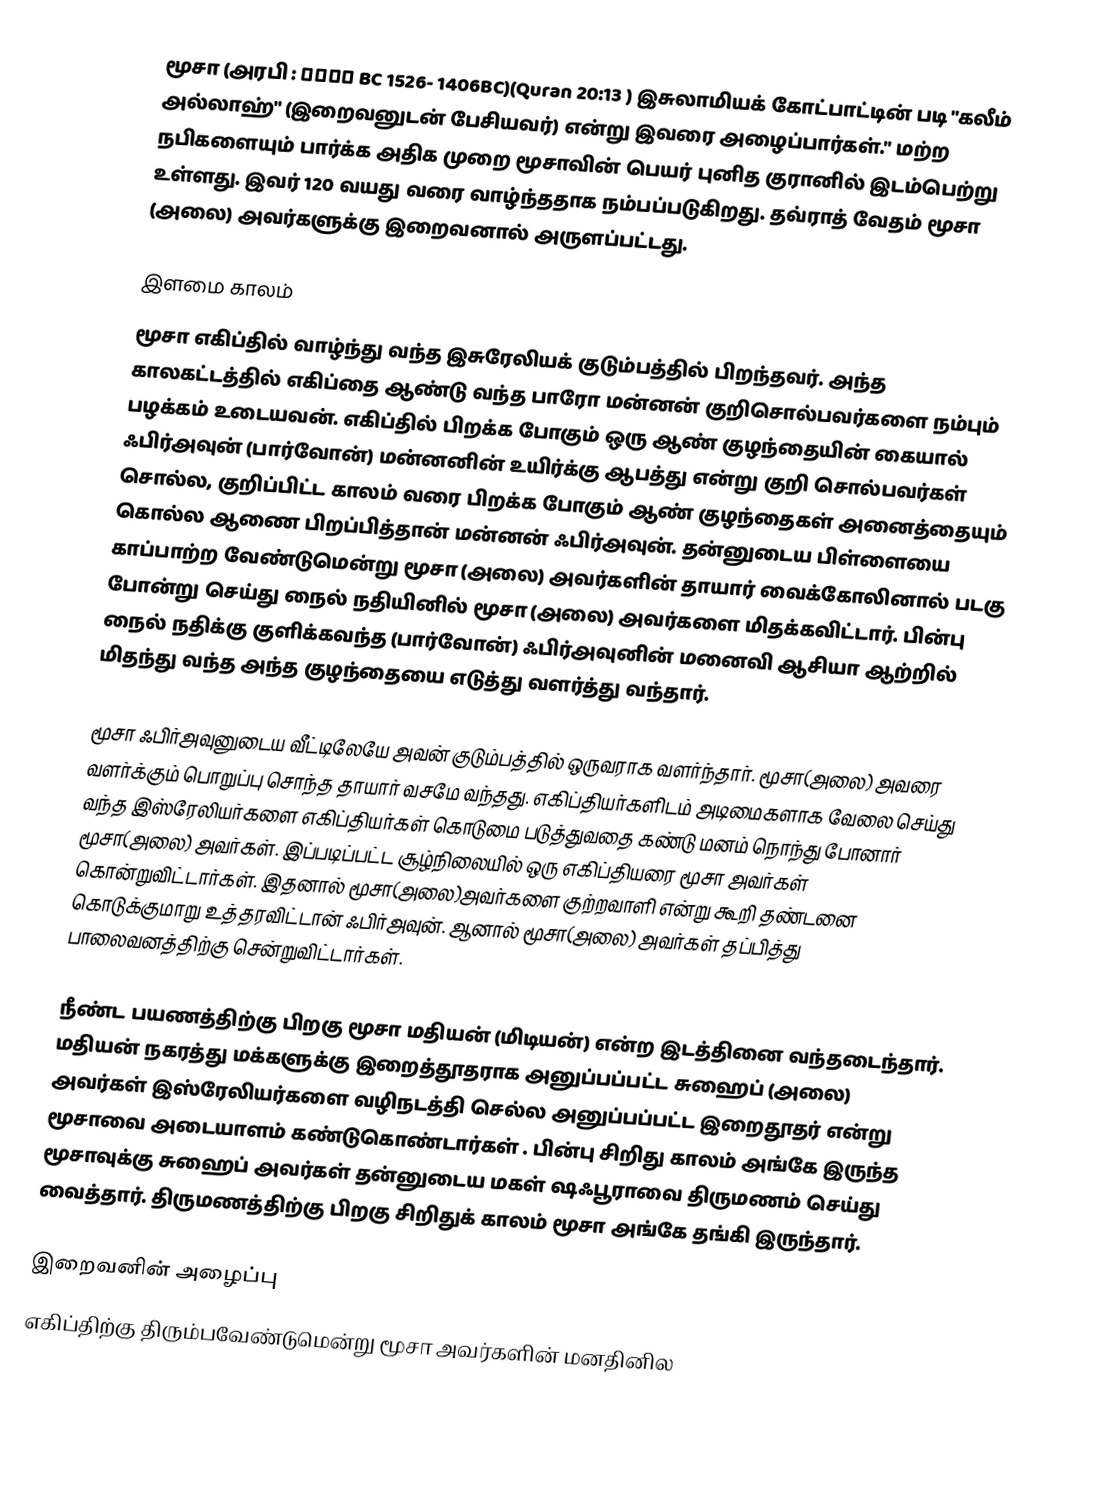
மூசா (அரபி : موسى  BC 1526- 1406BC)(Quran 20:13 ) இசுலாமியக் கோட்பாட்டின் படி "கலீம் அல்லாஹ்" (இறைவனுடன் பேசியவர்) என்று இவரை அழைப்பார்கள்." மற்ற நபிகளையும் பார்க்க அதிக முறை மூசாவின் பெயர் புனித குரானில் இடம்பெற்று உள்ளது. இவர் 120 வயது வரை வாழ்ந்ததாக நம்பப்படுகிறது. தவ்ராத் வேதம் மூசா (அலை) அவர்களுக்கு  இறைவனால் அருளப்பட்டது.

இளமை காலம்
மூசா எகிப்தில் வாழ்ந்து வந்த இசுரேலியக் குடும்பத்தில் பிறந்தவர். அந்த காலகட்டத்தில் எகிப்தை ஆண்டு வந்த பாரோ மன்னன் குறிசொல்பவர்களை நம்பும் பழக்கம் உடையவன். எகிப்தில் பிறக்க போகும் ஒரு ஆண் குழந்தையின் கையால் ஃபிர்அவுன் (பார்வோன்) மன்னனின் உயிர்க்கு ஆபத்து என்று குறி சொல்பவர்கள் சொல்ல, குறிப்பிட்ட காலம் வரை பிறக்க போகும் ஆண் குழந்தைகள் அனைத்தையும் கொல்ல ஆணை பிறப்பித்தான் மன்னன் ஃபிர்அவுன். தன்னுடைய பிள்ளையை காப்பாற்ற வேண்டுமென்று மூசா (அலை) அவர்களின் தாயார் வைக்கோலினால் படகு போன்று செய்து நைல் நதியினில் மூசா (அலை) அவர்களை மிதக்கவிட்டார். பின்பு நைல் நதிக்கு குளிக்கவந்த (பார்வோன்) ஃபிர்அவுனின் மனைவி ஆசியா ஆற்றில் மிதந்து வந்த அந்த குழந்தையை எடுத்து வளர்த்து வந்தார்.

மூசா ஃபிர்அவுனுடைய வீட்டிலேயே அவன் குடும்பத்தில் ஒருவராக வளர்ந்தார். மூசா(அலை) அவரை வளர்க்கும் பொறுப்பு சொந்த தாயார் வசமே வந்தது. எகிப்தியர்களிடம் அடிமைகளாக வேலை செய்து வந்த இஸ்ரேலியர்களை எகிப்தியர்கள் கொடுமை படுத்துவதை கண்டு மனம் நொந்து போனார் மூசா(அலை) அவர்கள். இப்படிப்பட்ட சூழ்நிலையில் ஒரு எகிப்தியரை மூசா அவர்கள் கொன்றுவிட்டார்கள். இதனால் மூசா(அலை)அவர்களை  குற்றவாளி என்று கூறி தண்டனை கொடுக்குமாறு உத்தரவிட்டான் ஃபிர்அவுன். ஆனால் மூசா(அலை) அவர்கள் தப்பித்து பாலைவனத்திற்கு சென்றுவிட்டார்கள்.

நீண்ட பயணத்திற்கு பிறகு மூசா மதியன் (மிடியன்) என்ற இடத்தினை வந்தடைந்தார்.  மதியன் நகரத்து மக்களுக்கு இறைத்தூதராக அனுப்பப்பட்ட சுஹைப் (அலை) அவர்கள் இஸ்ரேலியர்களை வழிநடத்தி செல்ல அனுப்பப்பட்ட  இறைதூதர் என்று மூசாவை அடையாளம் கண்டுகொண்டார்கள் . பின்பு சிறிது காலம் அங்கே இருந்த மூசாவுக்கு சுஹைப் அவர்கள் தன்னுடைய மகள் ஷஃபூராவை திருமணம் செய்து வைத்தார். திருமணத்திற்கு பிறகு சிறிதுக் காலம் மூசா அங்கே தங்கி இருந்தார்.

இறைவனின் அழைப்பு
எகிப்திற்கு திரும்பவேண்டுமென்று மூசா அவர்களின் மனதினில